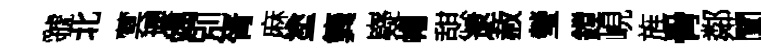
虢北蓂瓔竭別胥麻塗簨嶷帽憇逮赦瑩鏜峴旌骨鄰闡